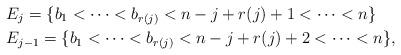
LaTeX: \begin{align*}&E_j = \{b_1 < \cdots < b_{r(j)} < n-j + r(j)+1 < \cdots < n\}\\&E_{j-1} = \{b_1 < \cdots < b_{r(j)} < n-j+r(j)+2 < \cdots < n\},\end{align*}